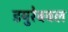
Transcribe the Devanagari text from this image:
डयुरेबबल